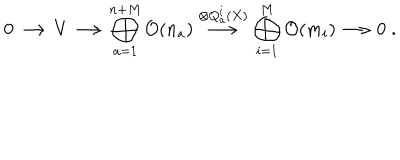
LaTeX: 0 \longrightarrow V \longrightarrow \bigoplus _ { a = 1 } ^ { n + M } { \cal O } ( n _ { a } ) \stackrel { \otimes Q _ { a } ^ { i } ( X ) } { \longrightarrow } \bigoplus _ { i = 1 } ^ { M } { \cal O } ( m _ { i } ) \longrightarrow 0 \; .